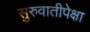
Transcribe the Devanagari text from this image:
सुरुवातीपेक्षा